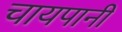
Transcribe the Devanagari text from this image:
चायपानी